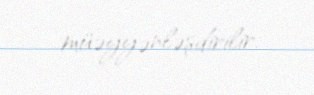
müəyyənləşdirilir.